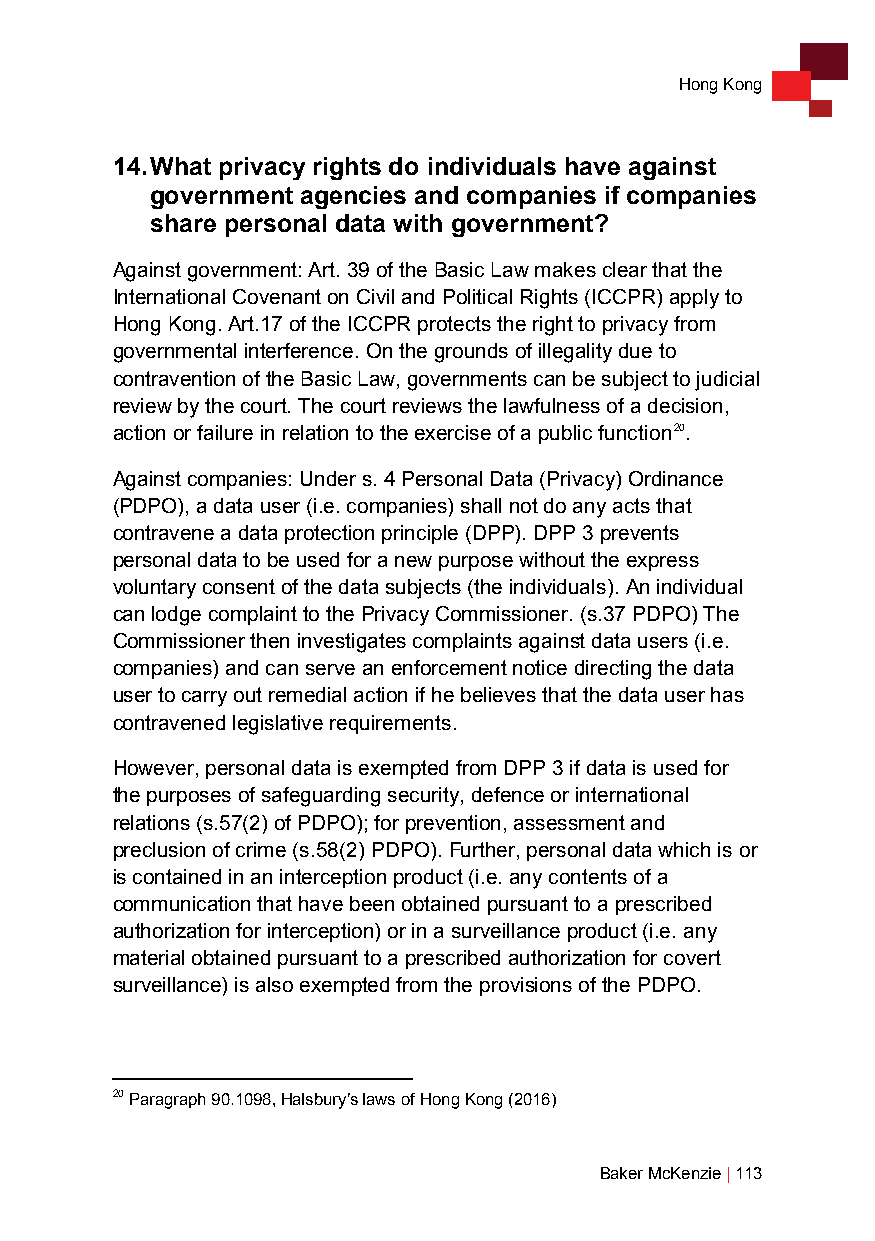
Hong Kong
 14. What privacy rights do individuals have against
 government agencies and companies if companies
 share personal data with government?
 Against government: Art. 39 of the Basic Law makes clear that the
 International Covenant on Civil and Political Rights (ICCPR) apply to
 Hong Kong. Art.17 of the ICCPR protects the right to privacy from
 governmental interference. On the grounds of illegality due to
 contravention of the Basic Law, governments can be subject to judicial
 review by the court. The court reviews the lawfulness of a decision,
 action or failure in relation to the exercise of a public function20.
 Against companies: Under s. 4 Personal Data (Privacy) Ordinance
 (PDPO), a data user (i.e. companies) shall not do any acts that
 contravene a data protection principle (DPP). DPP 3 prevents
 personal data to be used for a new purpose without the express
 voluntary consent of the data subjects (the individuals). An individual
 can lodge complaint to the Privacy Commissioner. (s.37 PDPO) The
 Commissioner then investigates complaints against data users (i.e.
 companies) and can serve an enforcement notice directing the data
 user to carry out remedial action if he believes that the data user has
 contravened legislative requirements.
 However, personal data is exempted from DPP 3 if data is used for
 the purposes of safeguarding security, defence or international
 relations (s.57(2) of PDPO); for prevention, assessment and
 preclusion of crime (s.58(2) PDPO). Further, personal data which is or
 is contained in an interception product (i.e. any contents of a
 communication that have been obtained pursuant to a prescribed
 authorization for interception) or in a surveillance product (i.e. any
 material obtained pursuant to a prescribed authorization for covert
 surveillance) is also exempted from the provisions of the PDPO.
 20 Paragraph 90.1098, Halsbury’s laws of Hong Kong (2016)
 Baker McKenzie | 113